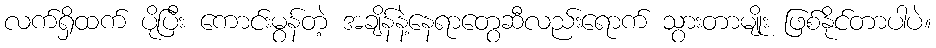
လက်ရှိထက် ပိုပြီး ကောင်းမွန်တဲ့ အချိန်နဲ့နေရာတွေဆီလည်းရောက် သွားတာမျိုး ဖြစ်နိုင်တာပါပဲ။